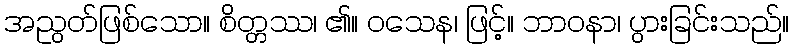
အညွတ်ဖြစ်သော။ စိတ္တဿ၊ ၏။ ဝသေန၊ ဖြင့်။ ဘာဝနာ၊ ပွားခြင်းသည်။